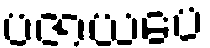
ပဇာယပေ